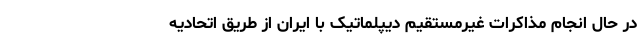
در حال انجام مذاکرات غیرمستقیم دیپلماتیک با ایران از طریق اتحادیه